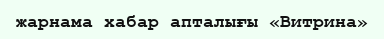
жарнама хабар апталығы «Витрина»